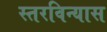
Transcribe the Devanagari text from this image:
स्तरविन्यास